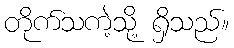
တိုက်သကဲ့သို့ ရှိသည်။